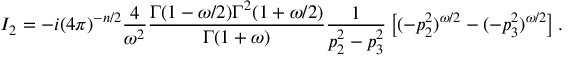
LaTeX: I _ { 2 } = - i ( 4 \pi ) ^ { - n / 2 } { \frac { 4 } { \omega ^ { 2 } } } { \frac { \Gamma ( 1 - \omega / 2 ) \Gamma ^ { 2 } ( 1 + \omega / 2 ) } { \Gamma ( 1 + \omega ) } } { \frac { 1 } { p _ { 2 } ^ { 2 } - p _ { 3 } ^ { 2 } } } \left[ ( - p _ { 2 } ^ { 2 } ) ^ { \omega / 2 } - ( - p _ { 3 } ^ { 2 } ) ^ { \omega / 2 } \right] . \nonumber \,